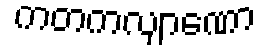
ကတကလျာဏော